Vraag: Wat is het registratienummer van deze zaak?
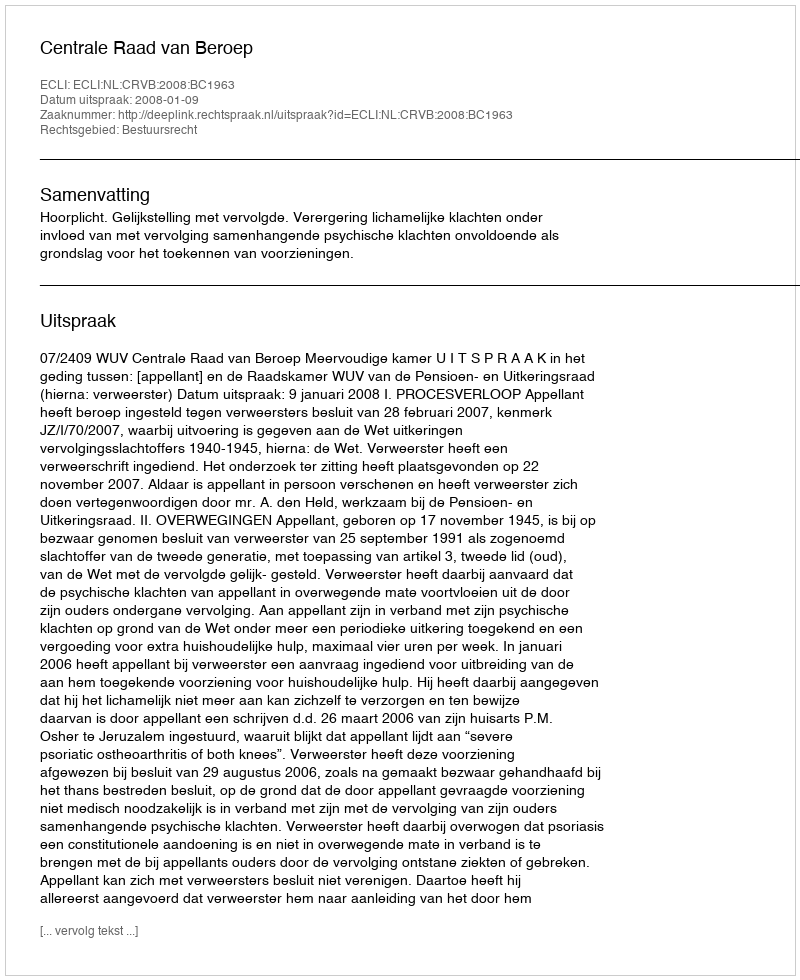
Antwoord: http://deeplink.rechtspraak.nl/uitspraak?id=ECLI:NL:CRVB:2008:BC1963